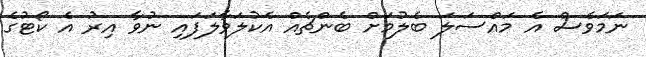
ނަމަވެސް އެ މައްސަލަ ބެލުމަށް ބެންޗެއް އެކުލަވާލަފައި ނުވާ އިރު އެ ކޯޓުގެ